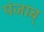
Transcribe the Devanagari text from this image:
पंजाब्